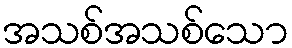
အသစ်အသစ်သော